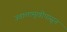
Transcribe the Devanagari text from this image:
ज्वालामूखीपासून